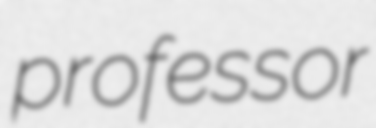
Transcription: professor